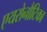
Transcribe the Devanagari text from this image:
एयरोनौटिका